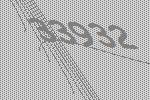
33932